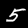
Digit: 5